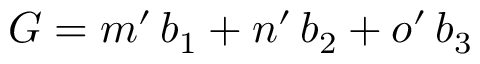
\boldsymbol G = m ^ { \prime } \, \boldsymbol b _ { 1 } + n ^ { \prime } \, \boldsymbol b _ { 2 } + o ^ { \prime } \, \boldsymbol b _ { 3 }